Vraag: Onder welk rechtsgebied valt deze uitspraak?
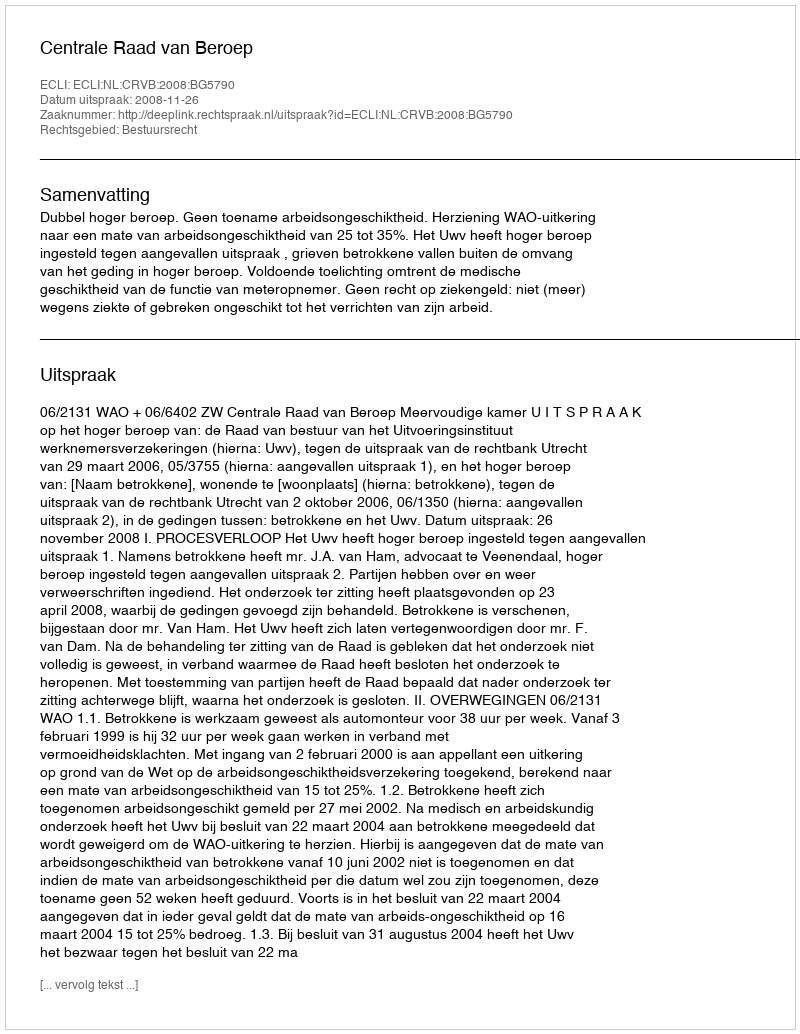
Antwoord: Bestuursrecht